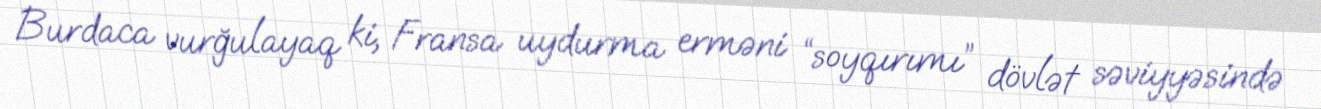
Burdaca vurğulayaq ki, Fransa uydurma erməni “soyqırımı” dövlət səviyyəsində